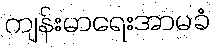
ကျန်းမာရေးအာမခံ